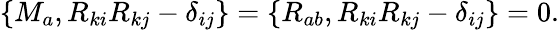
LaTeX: \begin{array}{r}{\{ M_{a},R_{ki}R_{kj}-\delta_{ij}\} =\{ R_{ab},R_{ki}R_{kj}-\delta_{ij}\} =0.}\end{array}